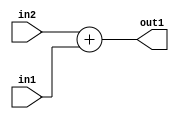
`timescale 1ps / 1ps
/*****************************************************************************
    Verilog RTL Description
    
    
    Created by: Stratus DpOpt 2019.1.01 
*******************************************************************************/

module st_weight_addr_gen_Add_8Ux8U_9U_4_1 (
	in2,
	in1,
	out1
	); /* architecture "behavioural" */ 
input [7:0] in2,
	in1;
output [8:0] out1;
wire [8:0] asc001;

assign asc001 = 
	+(in2)
	+(in1);

assign out1 = asc001;
endmodule

/* CADENCE  ubDzTg0= : u9/ySgnWtBlWxVPRXgAZ4Og= ** DO NOT EDIT THIS LINE ******/